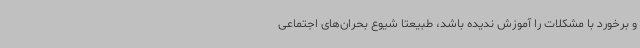
و برخورد با مشکلات را آموزش ندیده باشد، طبیعتا شیوع بحران‌های اجتماعی